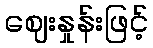
ဈေးနှုန်းဖြင့်